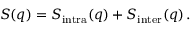
S ( q ) = S _ { \mathrm { i n t r a } } ( q ) + S _ { \mathrm { i n t e r } } ( q ) \, .